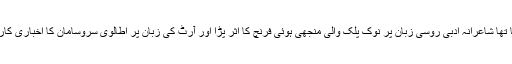
جس طرح سائنسی تکنیکی عبارتوں پر جرمن جدید کا اثر ہو رہا تھا شاعرانہ ادبی روسی زبان پر نوک پلک والی منجھی ہوئی فرنچ کا اثر پڑا اور آرٹ کی زبان پر اطالوی سروسامان کا اخباری کاروباری عدالتی زبان کے فروغ میں انگریزی شریک ہونے لگی۔